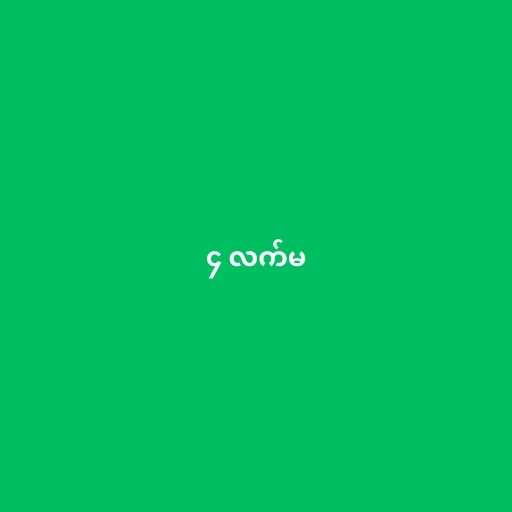
၄ လက်မ